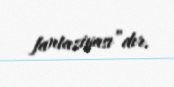
fantaziyası”dır.